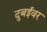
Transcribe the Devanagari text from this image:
दुबईवर